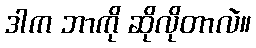
ဒါက ဘာကို ဆိုလိုတာလဲ။